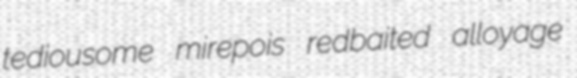
tediousome mirepois redbaited alloyage